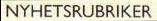
TV-NYHETSRUBRIKER